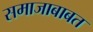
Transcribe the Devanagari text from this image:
समाजाबाबत